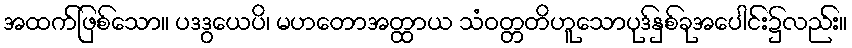
အထက်ဖြစ်သော။ ပဒဒွယေပိ၊ မဟတောအတ္ထာယ သံဝတ္တတိဟူသောပုဒ်နှစ်ခုအပေါင်း၌လည်း။